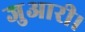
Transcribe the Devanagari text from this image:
जुआरी।